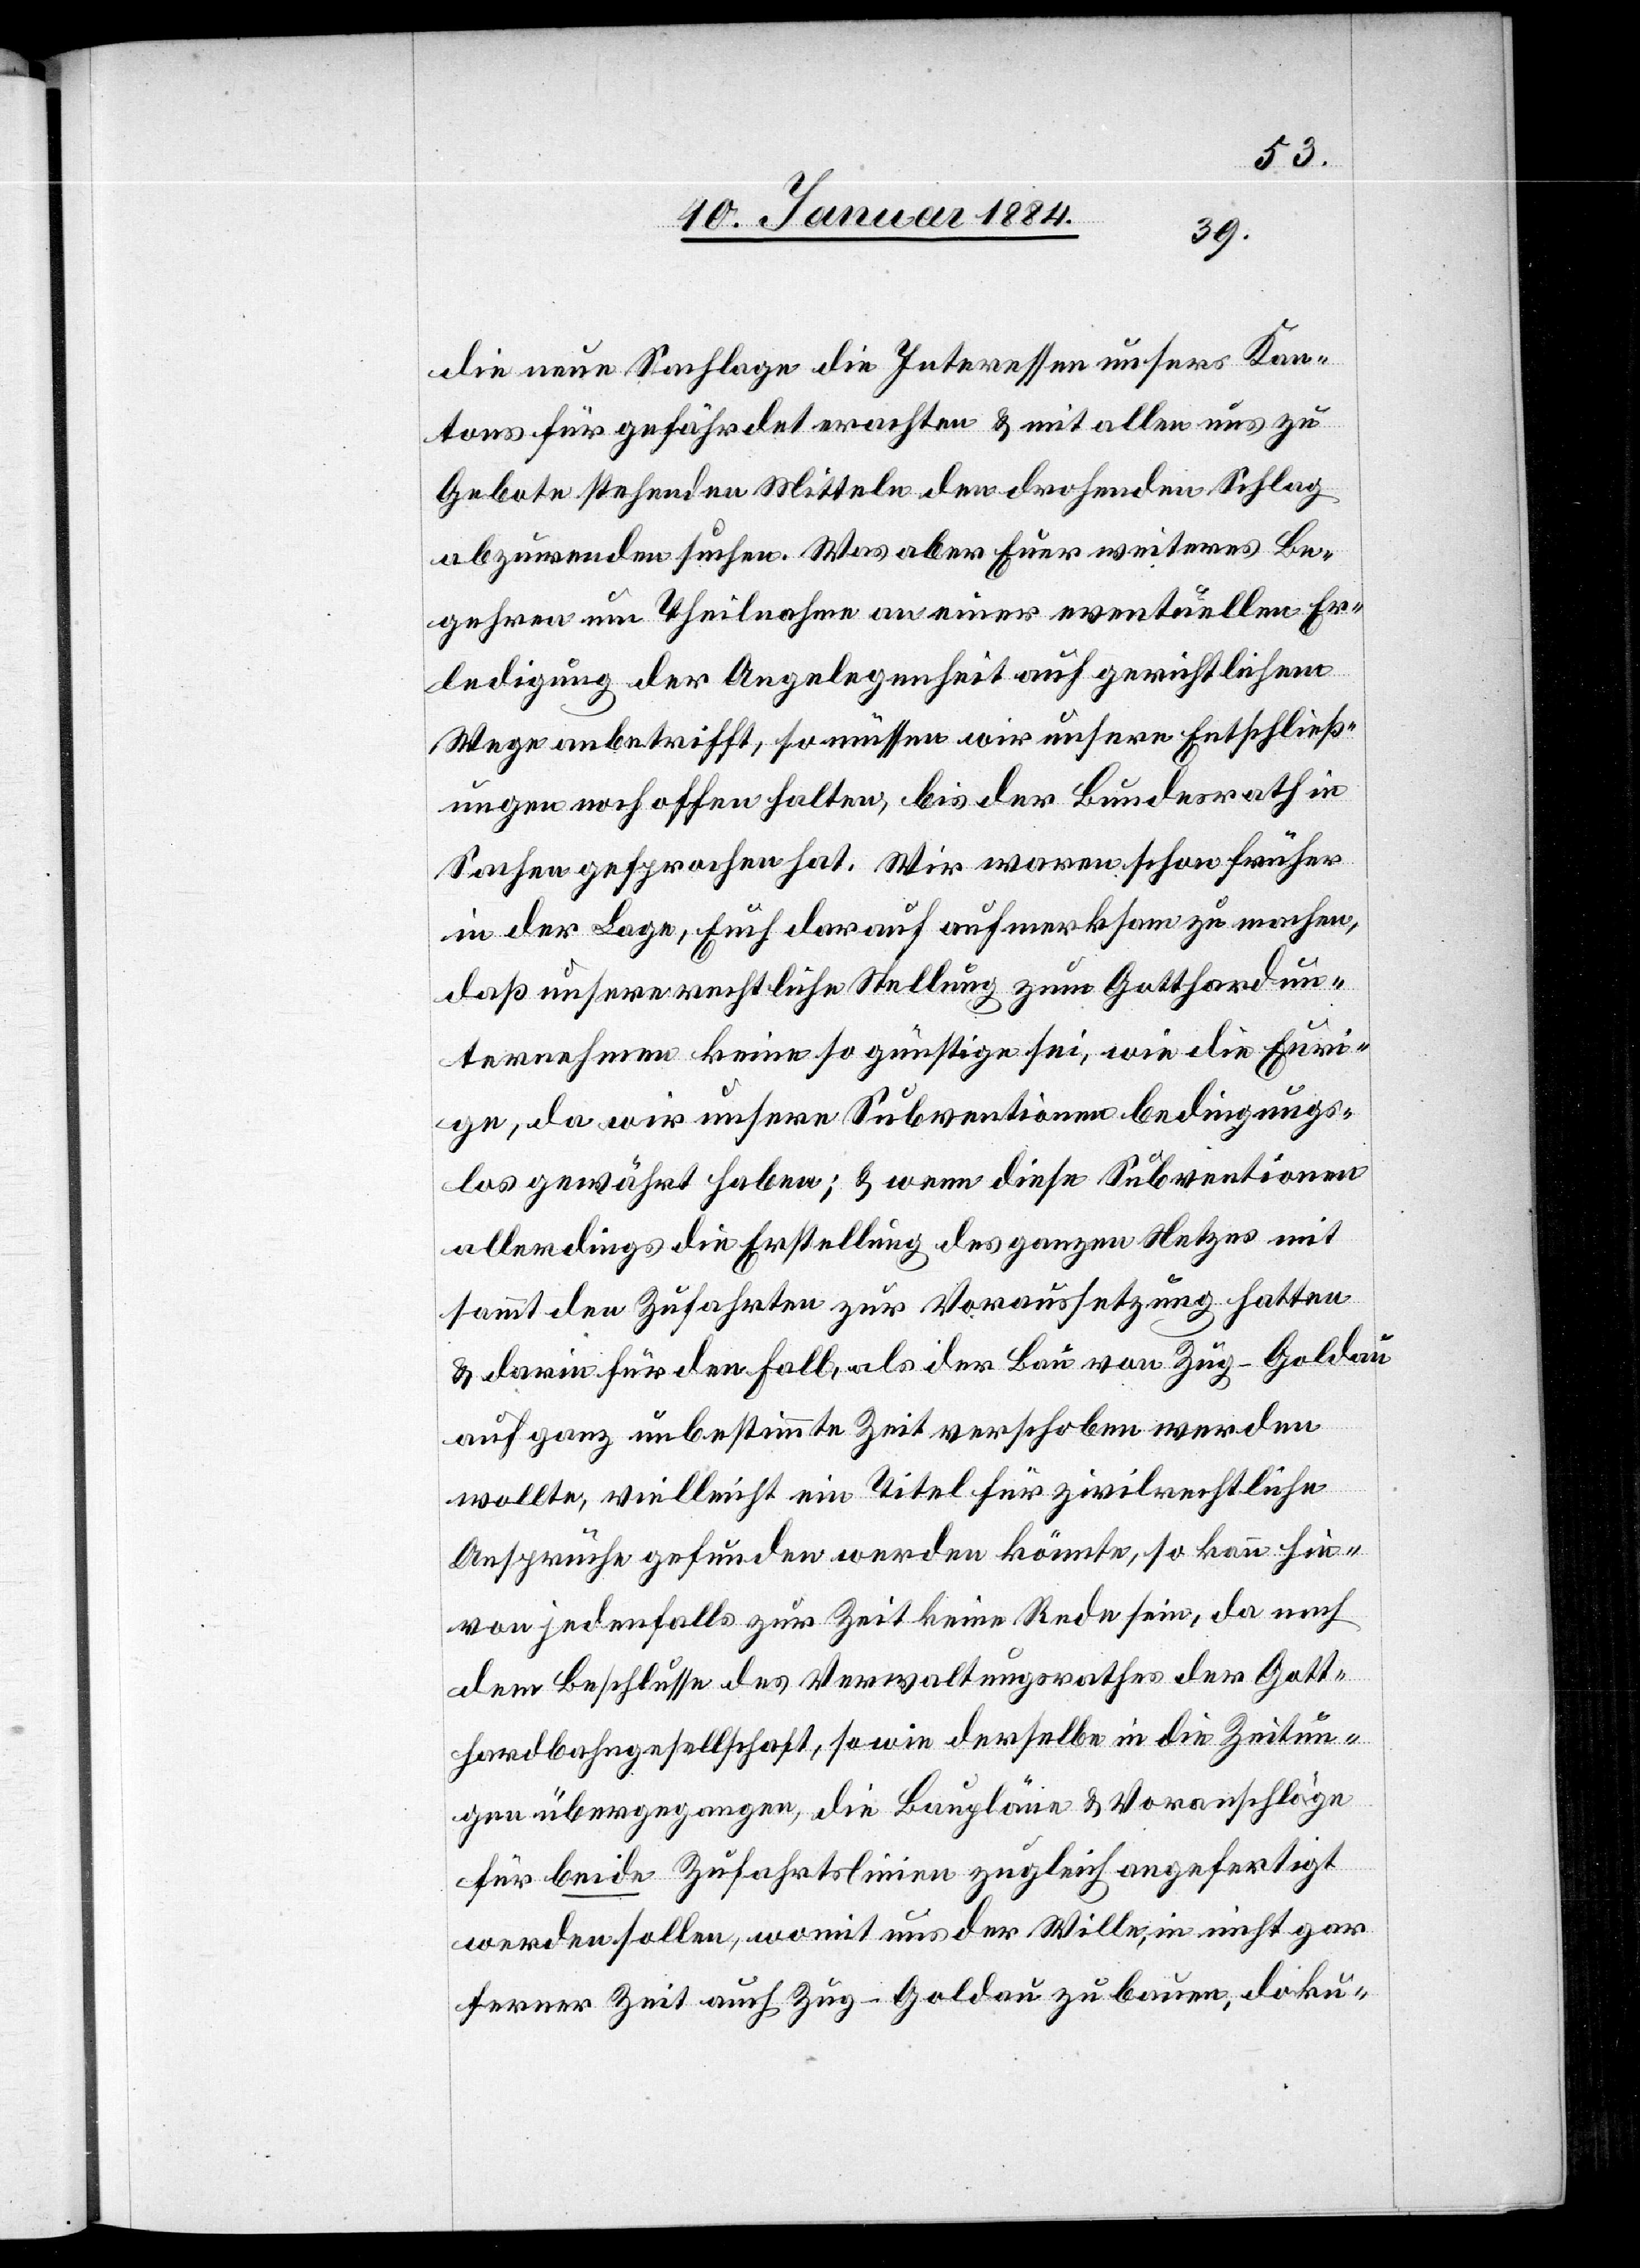
die neue Sachlage die Interessen unseres Kan¬
tons für gefährdet erachten & mit allen uns zu
Gebote stehenden Mitteln den drohenden Schlag
abzuwenden suchen. Was aber Euer weiteres Be¬
gehren um Theilnahme an einer eventuellen Er¬
ledigung der Angelegenheit auf gerichtlichem
Wege anbetrifft, so müssen wir unsere Entschließ¬
ungen noch offen halten, bis der Bundesrath in
Sachen gesprochen hat. Wir waren schon früher
in der Lage, Euch darauf aufmerksam zu machen,
daß unsere rechtliche Stellung zum Gotthardun¬
ternehmen keine so günstige sei, wie die Euri¬
ge, da wir unsere Subventionen bedingungs¬
los gewährt haben; & wenn diese Subventionen
allerdings die Erstellung des ganzen Netzes mit
sammt den Zufahrten zur Voraussetzung hatten
& darin für den Fall, als der Bau von Zug–Goldau
auf ganz unbestimmte Zeit verschoben werden
wollte, vielleicht ein Titel für zivilrechtliche
Ansprüche gefunden werden könnte, so kann hie¬
von jedenfalls zur Zeit keine Rede sein, da nach
dem Beschlusse des Verwaltungsrathes der Gott¬
hardbahngesellschaft, sowie derselbe in die Zeitun¬
gen übergegangen, die Baupläne & Voranschläge
für beide Zufahrtslinien zugleich angefertigt
werden sollen, womit uns der Wille, in nicht gar
ferner Zeit auch Zug–Goldau zu bauen, doku-